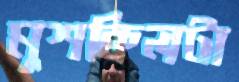
মুশকিলটা